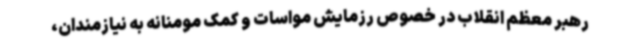
رهبر معظم انقلاب در خصوص رزمایش مواسات و کمک مومنانه به نیازمندان،